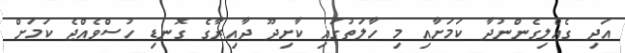
އަދި ގެއްލިގެންނުދާ ކަމަށާއި މި ހާލަތުގައި ކާށިދޫ ދާއިރާގެ ގޮނޑި ހުސްވެއްޖެ ކަމަށް